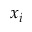
x _ { i }